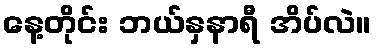
နေ့တိုင်း ဘယ်နှနာရီ အိပ်လဲ။